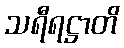
သရီရဋ္ဌာတိ